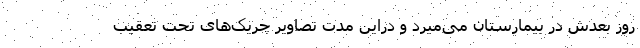
روز بعدش در بیمارستان می‌میرد و دراین مدت تصاویر چریک‌های تحت تعقیب